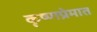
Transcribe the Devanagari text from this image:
कृष्णप्रेमात